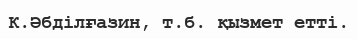
К.Әбділғазин, т.б. қызмет етті.